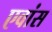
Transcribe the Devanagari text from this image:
एवांस